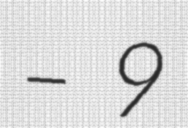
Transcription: – 9